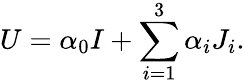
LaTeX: U=\alpha_{0}I+\sum_{i=1}^{3}\alpha_{i}J_{i}.